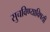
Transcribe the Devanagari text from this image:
सुचविण्याविषयी